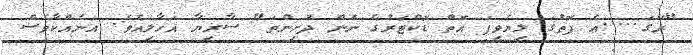
"ރޭގަ.....އެ ފޮތުގަ ލިޔެވިފަ އޮތް ޑޮކްޓަރުގެ ނަން ދުށިންތަ" ސާރިޔާ އަހާލިއެވެ. އަނެއްކާވެސް